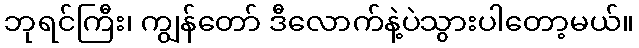
ဘုရင်ကြီး၊ ကျွန်တော် ဒီလောက်နဲ့ပဲသွားပါတော့မယ်။